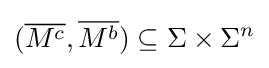
({\overline {M^{c}}},{\overline {M^{b}}})\subseteq \Sigma \times \Sigma ^{n}